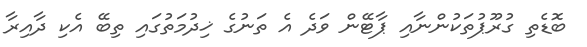
ބޮޑެތި ގުރޫޕުތަކުންނާއި ޕާޓޭން ވަދެ އެ ތަނުގެ ޚިދުމަތުގައި ތިބޭ އެކި ދާއިރާ